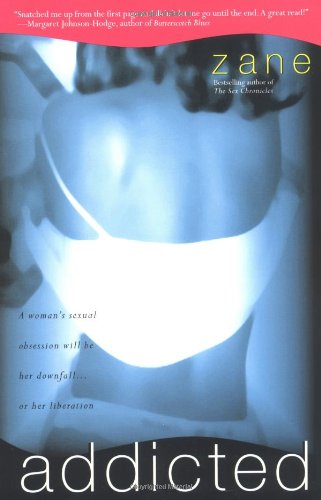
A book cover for Addicted: A Novel; Zane; Romance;